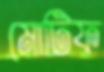
মোটিফ